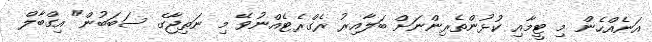
އަނެއްހެން މި ޓީމާއި ކުޅުންތެރިންނަށް ބަލާއިރު ރެގްރެޓެއްނުވޭ މި ނަތިޖާގެ ސަބަބުން" އިގްބާލް